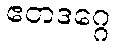
ဧတဒဂ္ဂေ